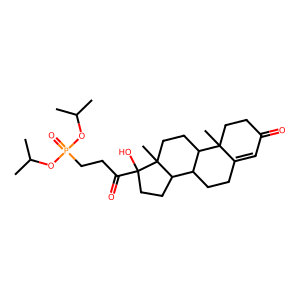
SMILES: CC(C)OP(=O)(CCC(=O)C1(O)CCC2C3CCC4=CC(=O)CCC4(C)C3CCC21C)OC(C)C
Inhibits HIV replication: No